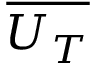
\overline { { U _ { T } } }